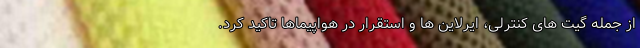
از جمله گیت های کنترلی، ایرلاین ها و استقرار در هواپیماها تاکید کرد.